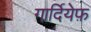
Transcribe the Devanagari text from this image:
गार्दियेफ़